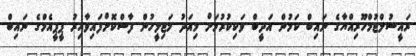
ރައީސުލްޖުމްހޫރިއްޔާގެ ނައިބް ކަމުން އަދީބް ވަކިކުރުމަށް މިއަދު މަޖިލީހުން ފާސްކޮށްފައިވާއިރު ޕީޕީއެމްގެ ނައިބް